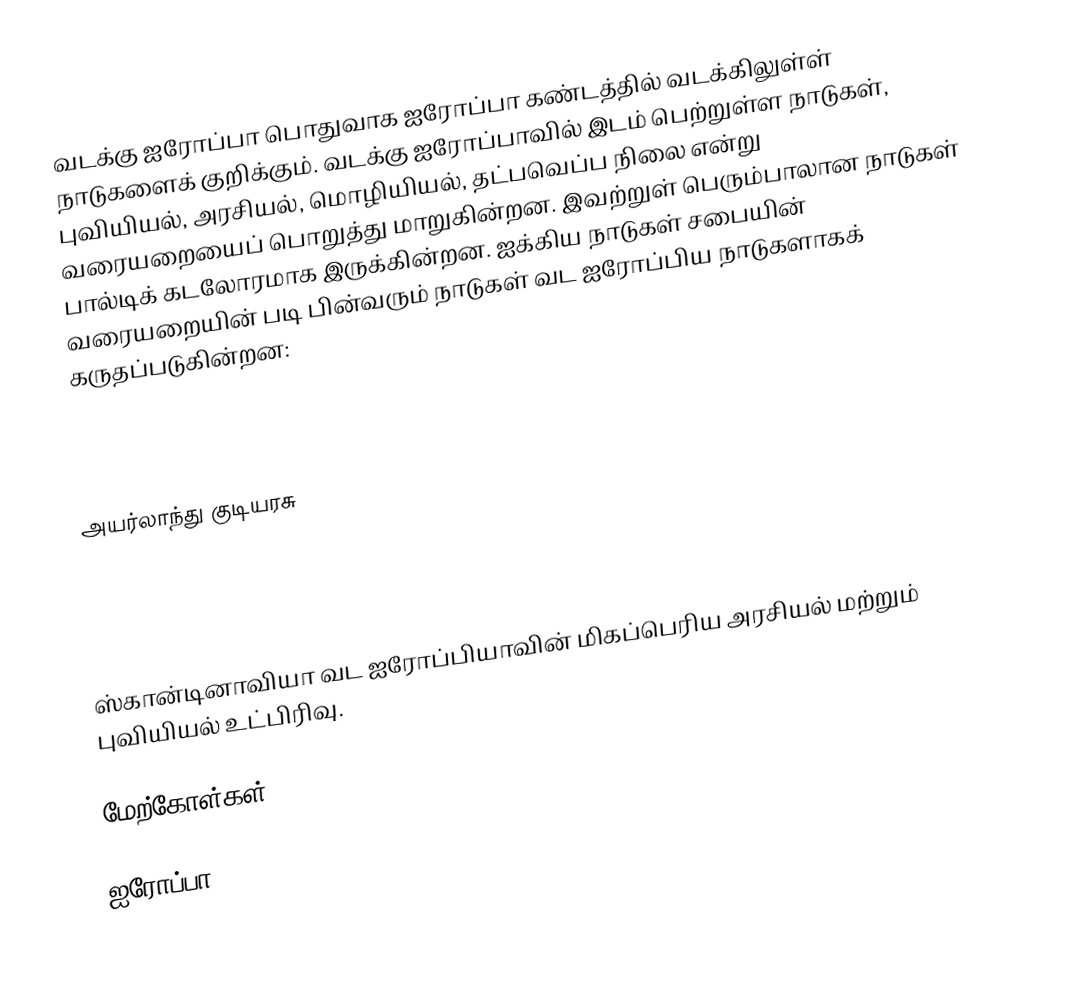
வடக்கு ஐரோப்பா பொதுவாக ஐரோப்பா கண்டத்தில் வடக்கிலுள்ள் நாடுகளைக் குறிக்கும். வடக்கு ஐரோப்பாவில் இடம் பெற்றுள்ள நாடுகள், புவியியல், அரசியல், மொழியியல், தட்பவெப்ப நிலை என்று வரையறையைப் பொறுத்து மாறுகின்றன. இவற்றுள் பெரும்பாலான நாடுகள் பால்டிக் கடலோரமாக இருக்கின்றன. ஐக்கிய நாடுகள் சபையின் வரையறையின் படி பின்வரும் நாடுகள் வட ஐரோப்பிய நாடுகளாகக் கருதப்படுகின்றன:

  அயர்லாந்து குடியரசு

ஸ்கான்டினாவியா வட ஐரோப்பியாவின் மிகப்பெரிய அரசியல் மற்றும் புவியியல் உட்பிரிவு.

மேற்கோள்கள்

ஐரோப்பா